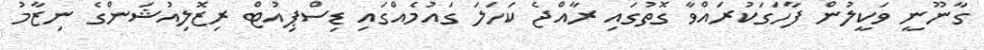
ގާނޫނީ ވަކީލުން ފާހަގަކުރައްވާ ގޮތުގައި ރާއްޖެ ކަހަލަ ގައުމެއްގައި ޑިސްޕިއުޓް ރިޒޮލިއުޝަންގެ ނިޒާމު